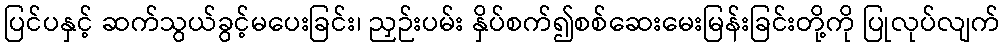
ပြင်ပနှင့် ဆက်သွယ်ခွင့်မပေးခြင်း၊ ညှဉ်းပမ်း နှိပ်စက်၍စစ်ဆေးမေးမြန်းခြင်းတို့ကို ပြုလုပ်လျက်